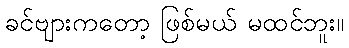
ခင်ဗျားကတော့ ဖြစ်မယ် မထင်ဘူး။